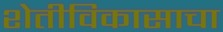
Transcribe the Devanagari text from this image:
शेतीविकासाचा